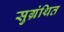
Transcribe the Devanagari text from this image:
सुग्रंथित